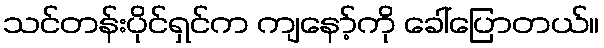
သင်တန်းပိုင်ရှင်က ကျနော့်ကို ခေါ်ပြောတယ်။